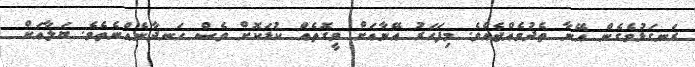
ރަނގަޅުވެގެން އޭނާ ތެދުވެއްޖެއެވެ. މިފަހަރު އޭނާއަށް ވީގޮތެއް ކުޑަކޮށް ވެސް ހަނދާނެއްނެތެވެ. ޔަލާއަށް